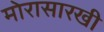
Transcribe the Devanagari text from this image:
मोरासारखी